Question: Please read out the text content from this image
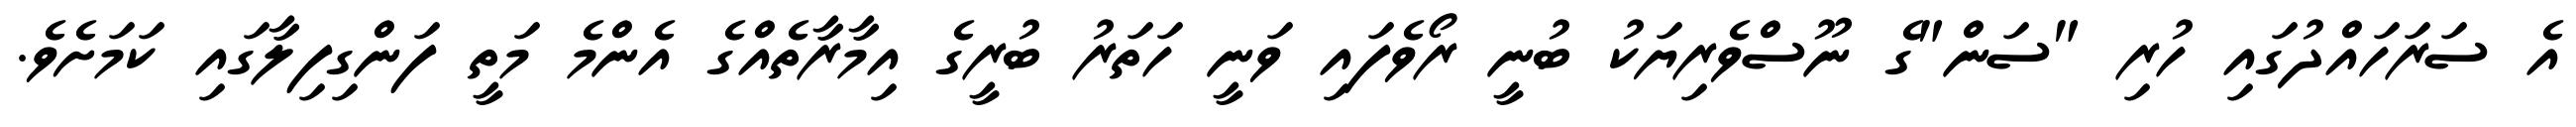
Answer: އެ ސަރަހައްދުގައި ހުރި "ސަން"ގެ ނޫސްވެރިޔަކު ބުނީ ރޯވެފައި ވަނީ ހަތަރު ބުރީގެ އިމާރާތެއްގެ އެންމެ މަތީ ފަންގިފިލާގައި ކަމަށެވެ.